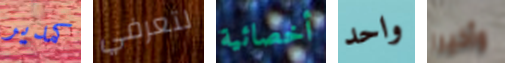
كمدير لتعرفي أخصائية واحد وأخيرا